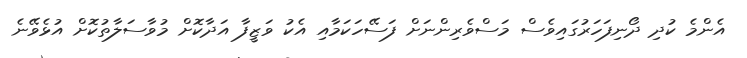
އެންމެ ކުދި ދޯނިފަހަރުގައިވެސް މަސްވެރިންނަށް ފަސޭހަކަމާއި އެކު ވަޒީފާ އަދާކޮށް މުވާސަލާތުކޮށް އުޅެވޭނެ